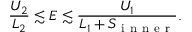
\frac { U _ { 2 } } { L _ { 2 } } \lesssim E \lesssim \frac { U _ { 1 } } { L _ { 1 } + S _ { \mathrm { ~ i ~ n ~ n ~ e ~ r ~ } } } .